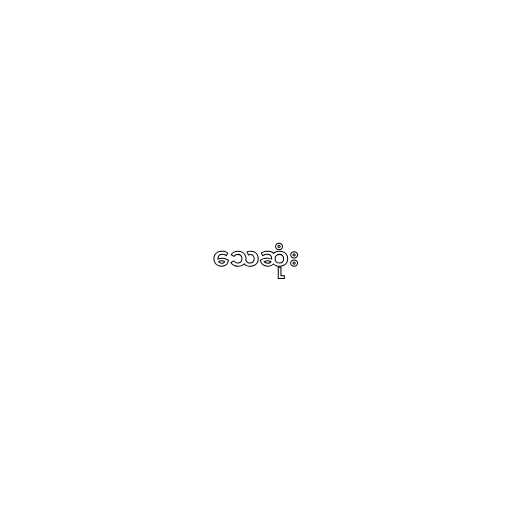
သေဆုံး